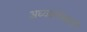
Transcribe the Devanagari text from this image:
अध्यक्षतेखालीं